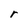
Character: r